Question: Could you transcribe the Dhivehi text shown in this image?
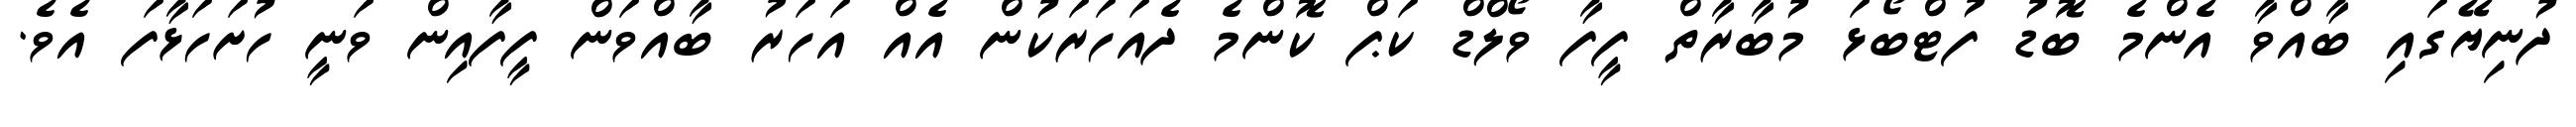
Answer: ދުނިޔޭގައި ބާއްވާ އެންމެ ބޮޑު ފުޓްބޯޅަ މުބާރާތް ފީފާ ވޯލްޑް ކަޕް ކޮންމެ ދެއަހަރަކުން އެއް އަހަރު ބާއްވަން ފީފާއިން ވަނީ ހުށަހަޅާފަ އެވެ.